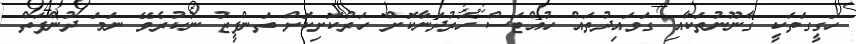
ހަގީގަތަކީ ގާނޫނުތަކާއި ގަވައިދުތައް ހުއްޓަސް ހަރުދަނާކޮށް ހަރުކަށިކޮށް ތަންފީޒު ނުކުރެވޭ ނަމަ ދުންފަތް